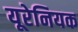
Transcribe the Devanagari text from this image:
यूरेनियक